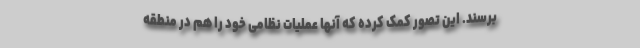
برسند. این تصور کمک کرده که آنها عملیات نظامی خود را هم در منطقه